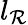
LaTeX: l_{\mathcal{R}}